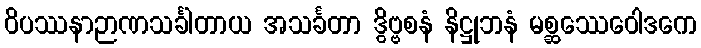
ဝိပဿနာဉာဏသင်္ခါတာယ အသင်္ခတာ ဒွိဗ္ဗစနံ နိဋ္ဌုဘနံ မစ္ဆဿေဝေါဒကေ